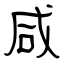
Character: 咸